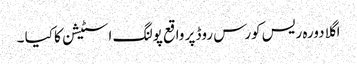
اگلا دورہ ریس کورس روڈ پر واقع پولنگ اسٹیشن کا کیا ۔